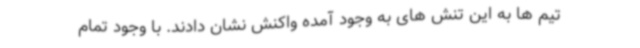
تیم ها به این تنش های به وجود آمده واکنش نشان دادند. با وجود تمام